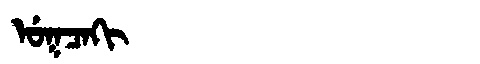
Manchu: ᡠᡴᠴᠠᡴᡳ
Romanization: UKCAKI